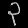
Digit: ၃